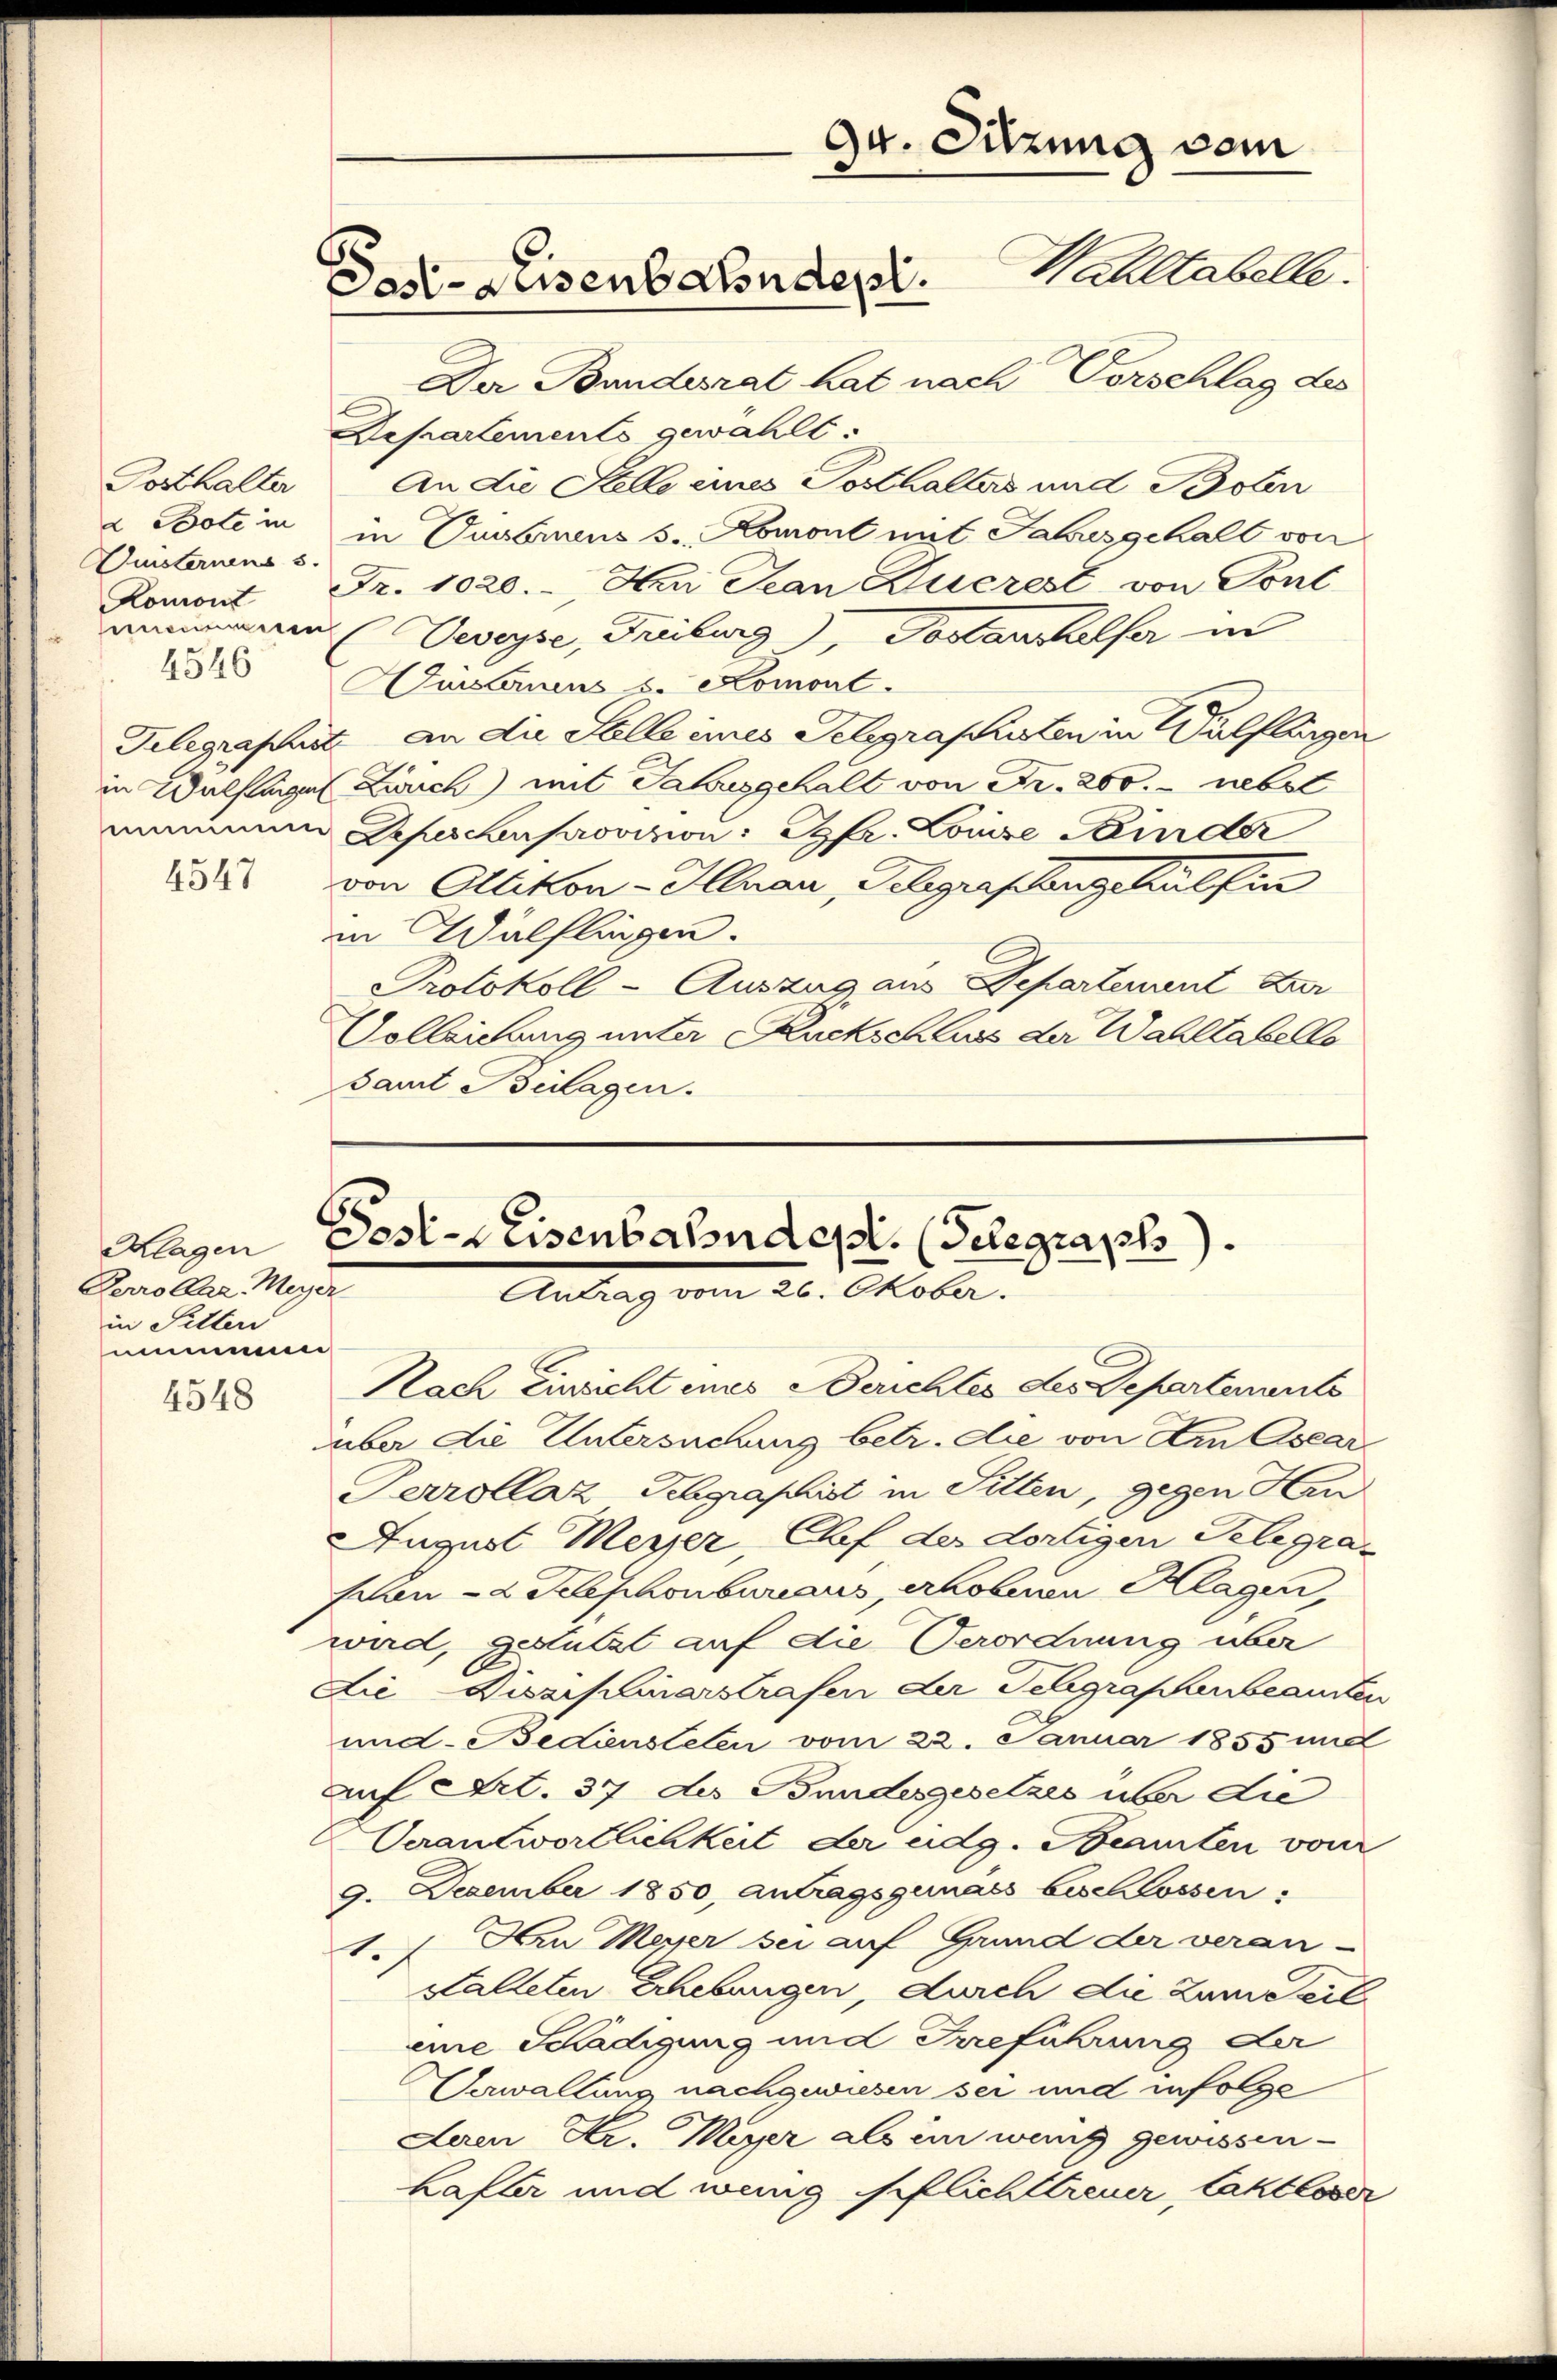
Posthalter
a Bote in
Duisternens 5.
Romont
4546
4547

Perrollar. Meyer
in Selten
mmmenen
4548

94. Sitzung vom
Dast- Reisens Sonder. Waltabelle
Der Bundesrat hat nach Vorschlag des

Departements gewählt.
An die Stelle eines Posthalters und Bolen
in Duisbruens s. Romont mit Jahresgehalt von
Fr. 1020.- Nur Jean Querest von Sont
annimmern (Veveyse, Freiburg, Testaushelfer in
Duisberuens s. Komont.
Telegraphirt an die Salle ines Telegrafisten in Wülflingen
in Wülflingen Zürich) mit Jahrsgehalt von Fr. 200. - nebst
mamine Depeschenprovizion: Pfr. Louise Binder
von Altikon - Hlnau, Gelegrafangehalf in
in Wülflingen.
Protokoll-Auszug aus Departement zur
Vollziehung unter Ruckschluss der Wahltabello
samt Beilagen.

Klagen Dest-weisenbahnden. (Gelegraphs).
Antrag vom 26. Oktober.
Nach Einsicht eines Berichtes des Departemente

aber die Untersuchung betr. die von Am Osear
Perrollaz-Schgraphist in Sitten, gegen Hrn
August Messer Chef der dortigen Telegrascien 2 Telephonbureaus, erhobenen Klagen,
wird, gestützt auf die Verordnung über
Die Disziplinarstrafen der Telegraphenbeamten
und Bediensteten vom 22. Januar 1855 und
auf Art. 37 des Bundesgesetzes über die
Verantwortlichkeit der eidg. Beamten von
9. Dezember 1850, Antragsgunass beschlossen:
1. f. Arn Messer sei auf Grund der veran-
Halleten Erhebungen, durch die zum Teileine Schädigung und Irreführung der
Verwaltung nachgewiesen sei und infolge
Leren Hr. Meyer als ein wung gewissenhafter und wenig Pflichttreuer, taktloser